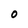
Character: 0